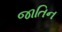
જાતિન